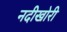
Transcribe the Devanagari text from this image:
नदीखोरी